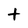
Character: t